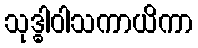
သုဒ္ဓါဝါသကာယိကာ